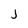
Character: j